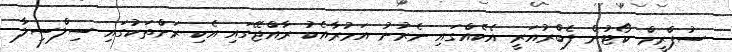
ސުޕްރީމް ކޯޓުން ފެބްރުއަރީ އެކެއްގައި ނެރުނު އަމުރާއެކު ރާއްޖޭގައި އެކި ރަށްތަކުގައި ސިލްސިލާ